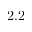
2 . 2